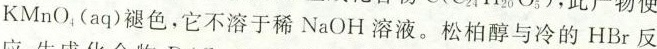
KMnO_{4}(aq)褪色，它不溶于稀NaOH溶液。松柏醇与冷的HBr反